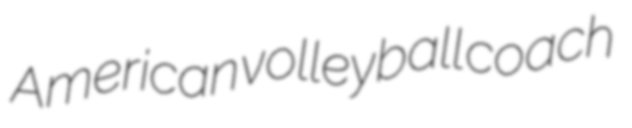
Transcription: American volleyball coach